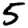
Digit: 5